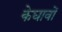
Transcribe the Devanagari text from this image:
केघावों